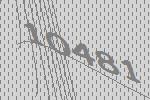
10481